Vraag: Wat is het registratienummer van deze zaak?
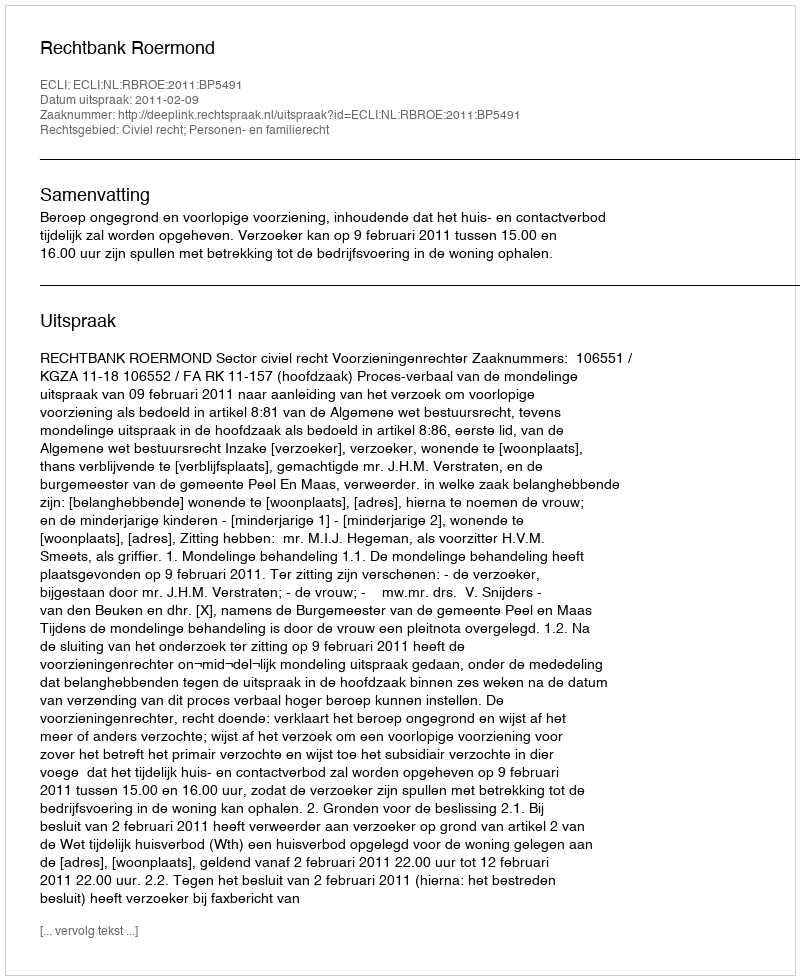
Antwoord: http://deeplink.rechtspraak.nl/uitspraak?id=ECLI:NL:RBROE:2011:BP5491